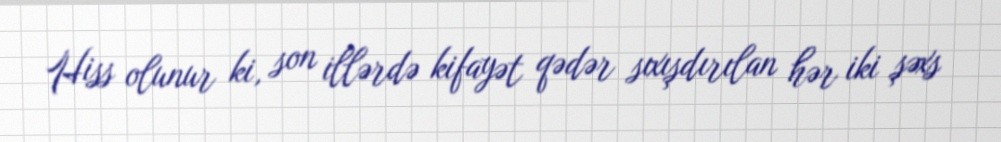
Hiss olunur ki, son illərdə kifayət qədər sıxışdırılan hər iki şəxs